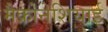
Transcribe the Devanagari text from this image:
मैक्रोनेशियाई